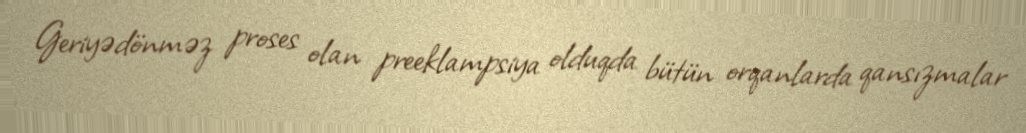
Geriyədönməz proses olan preeklampsiya olduqda bütün orqanlarda qansızmalar